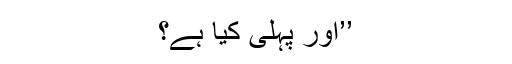
’’اور پہلی کیا ہے؟